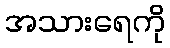
အသားရေကို